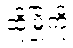
ထိုမြို့ကို